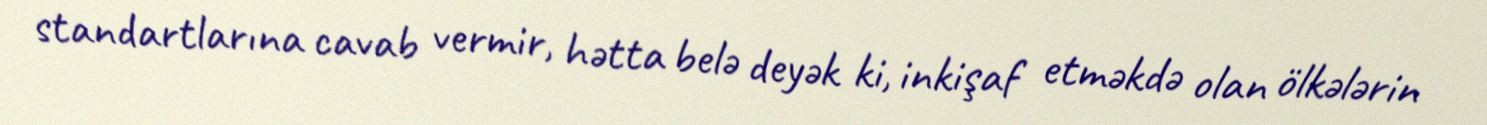
standartlarına cavab vermir, hətta belə deyək ki, inkişaf etməkdə olan ölkələrin